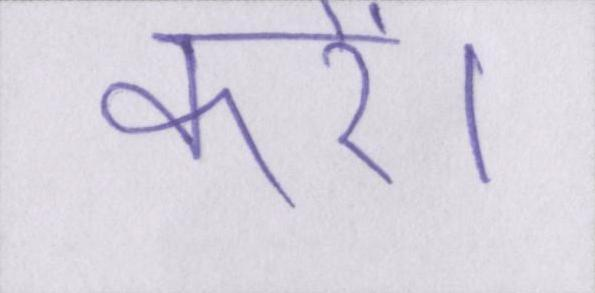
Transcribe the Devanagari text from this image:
करें।